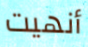
أنهيت